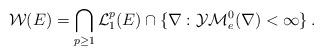
LaTeX: \begin{align*}\mathcal W (E) = \bigcap _{p \ge 1} \mathcal L_1 ^p (E) \cap \{\nabla: \mathcal {YM}_e ^0 (\nabla) < \infty\}\, . \end{align*}